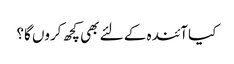
کیا آئندہ کے لئے بھی کچھ کروں گا؟